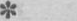
*